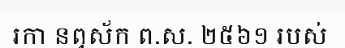
រកា នព្វស័ក ព.ស. ២៥៦១ របស់